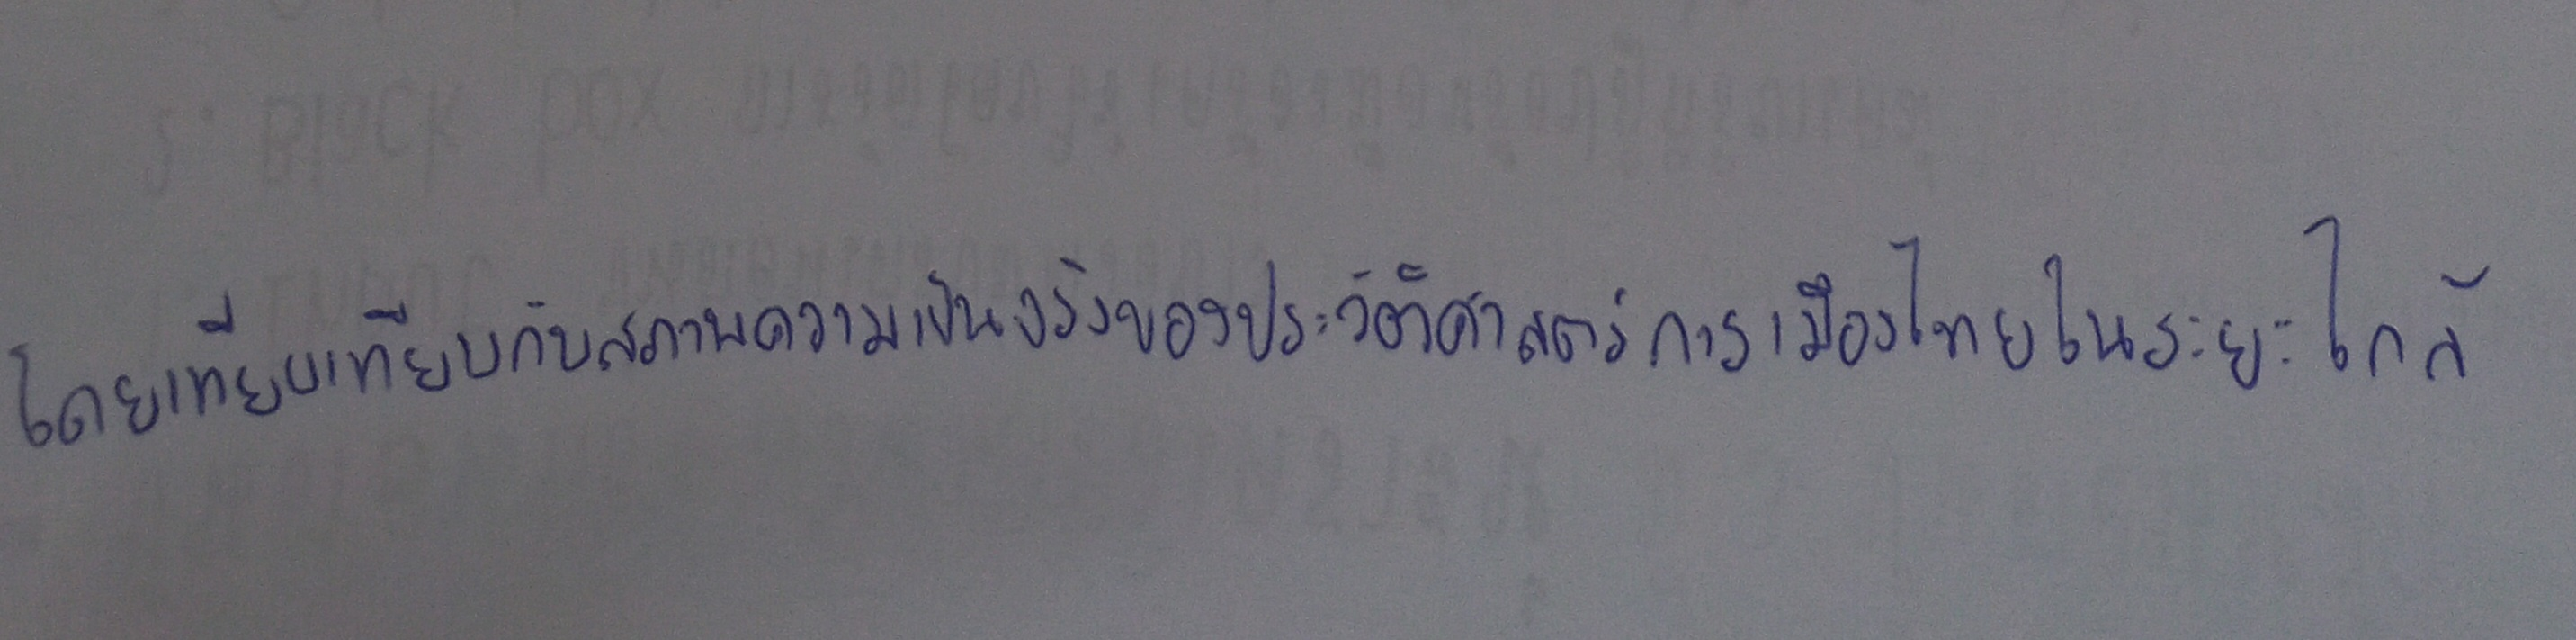
โดยเทียบเทียบกับสภาพความเป็นจริงของประวัติศาสตร์การเมืองไทยในระยะใกล้